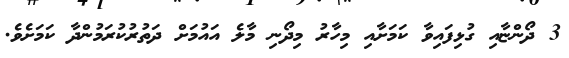
3 ދޯންޏާއި ގުޅިފައިވާ ކަމަށާއި މިހާރު މިދޯނި މާލެ އައުމަށް ދަތުރުކުރަމުންދާ ކަމަށެވެ.